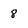
Character: 8